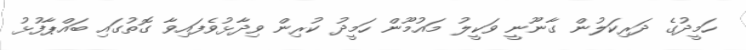
ހަމީދުގެ ދަރިކަލުން ގާނޫނީ ވަކީލު މައުމޫން ހަމީދު ކުރިން ވިދާޅުވެފައިވާ ގޮތުގައި ބައްޕާފުޅު